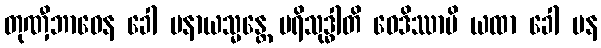
တုဏှီဘာဝေန ခေါ ပနာယသ္မန္တေ ပရိသုဒ္ဓါတိ ဝေဒိဿာမိ ယထာ ခေါ ပန